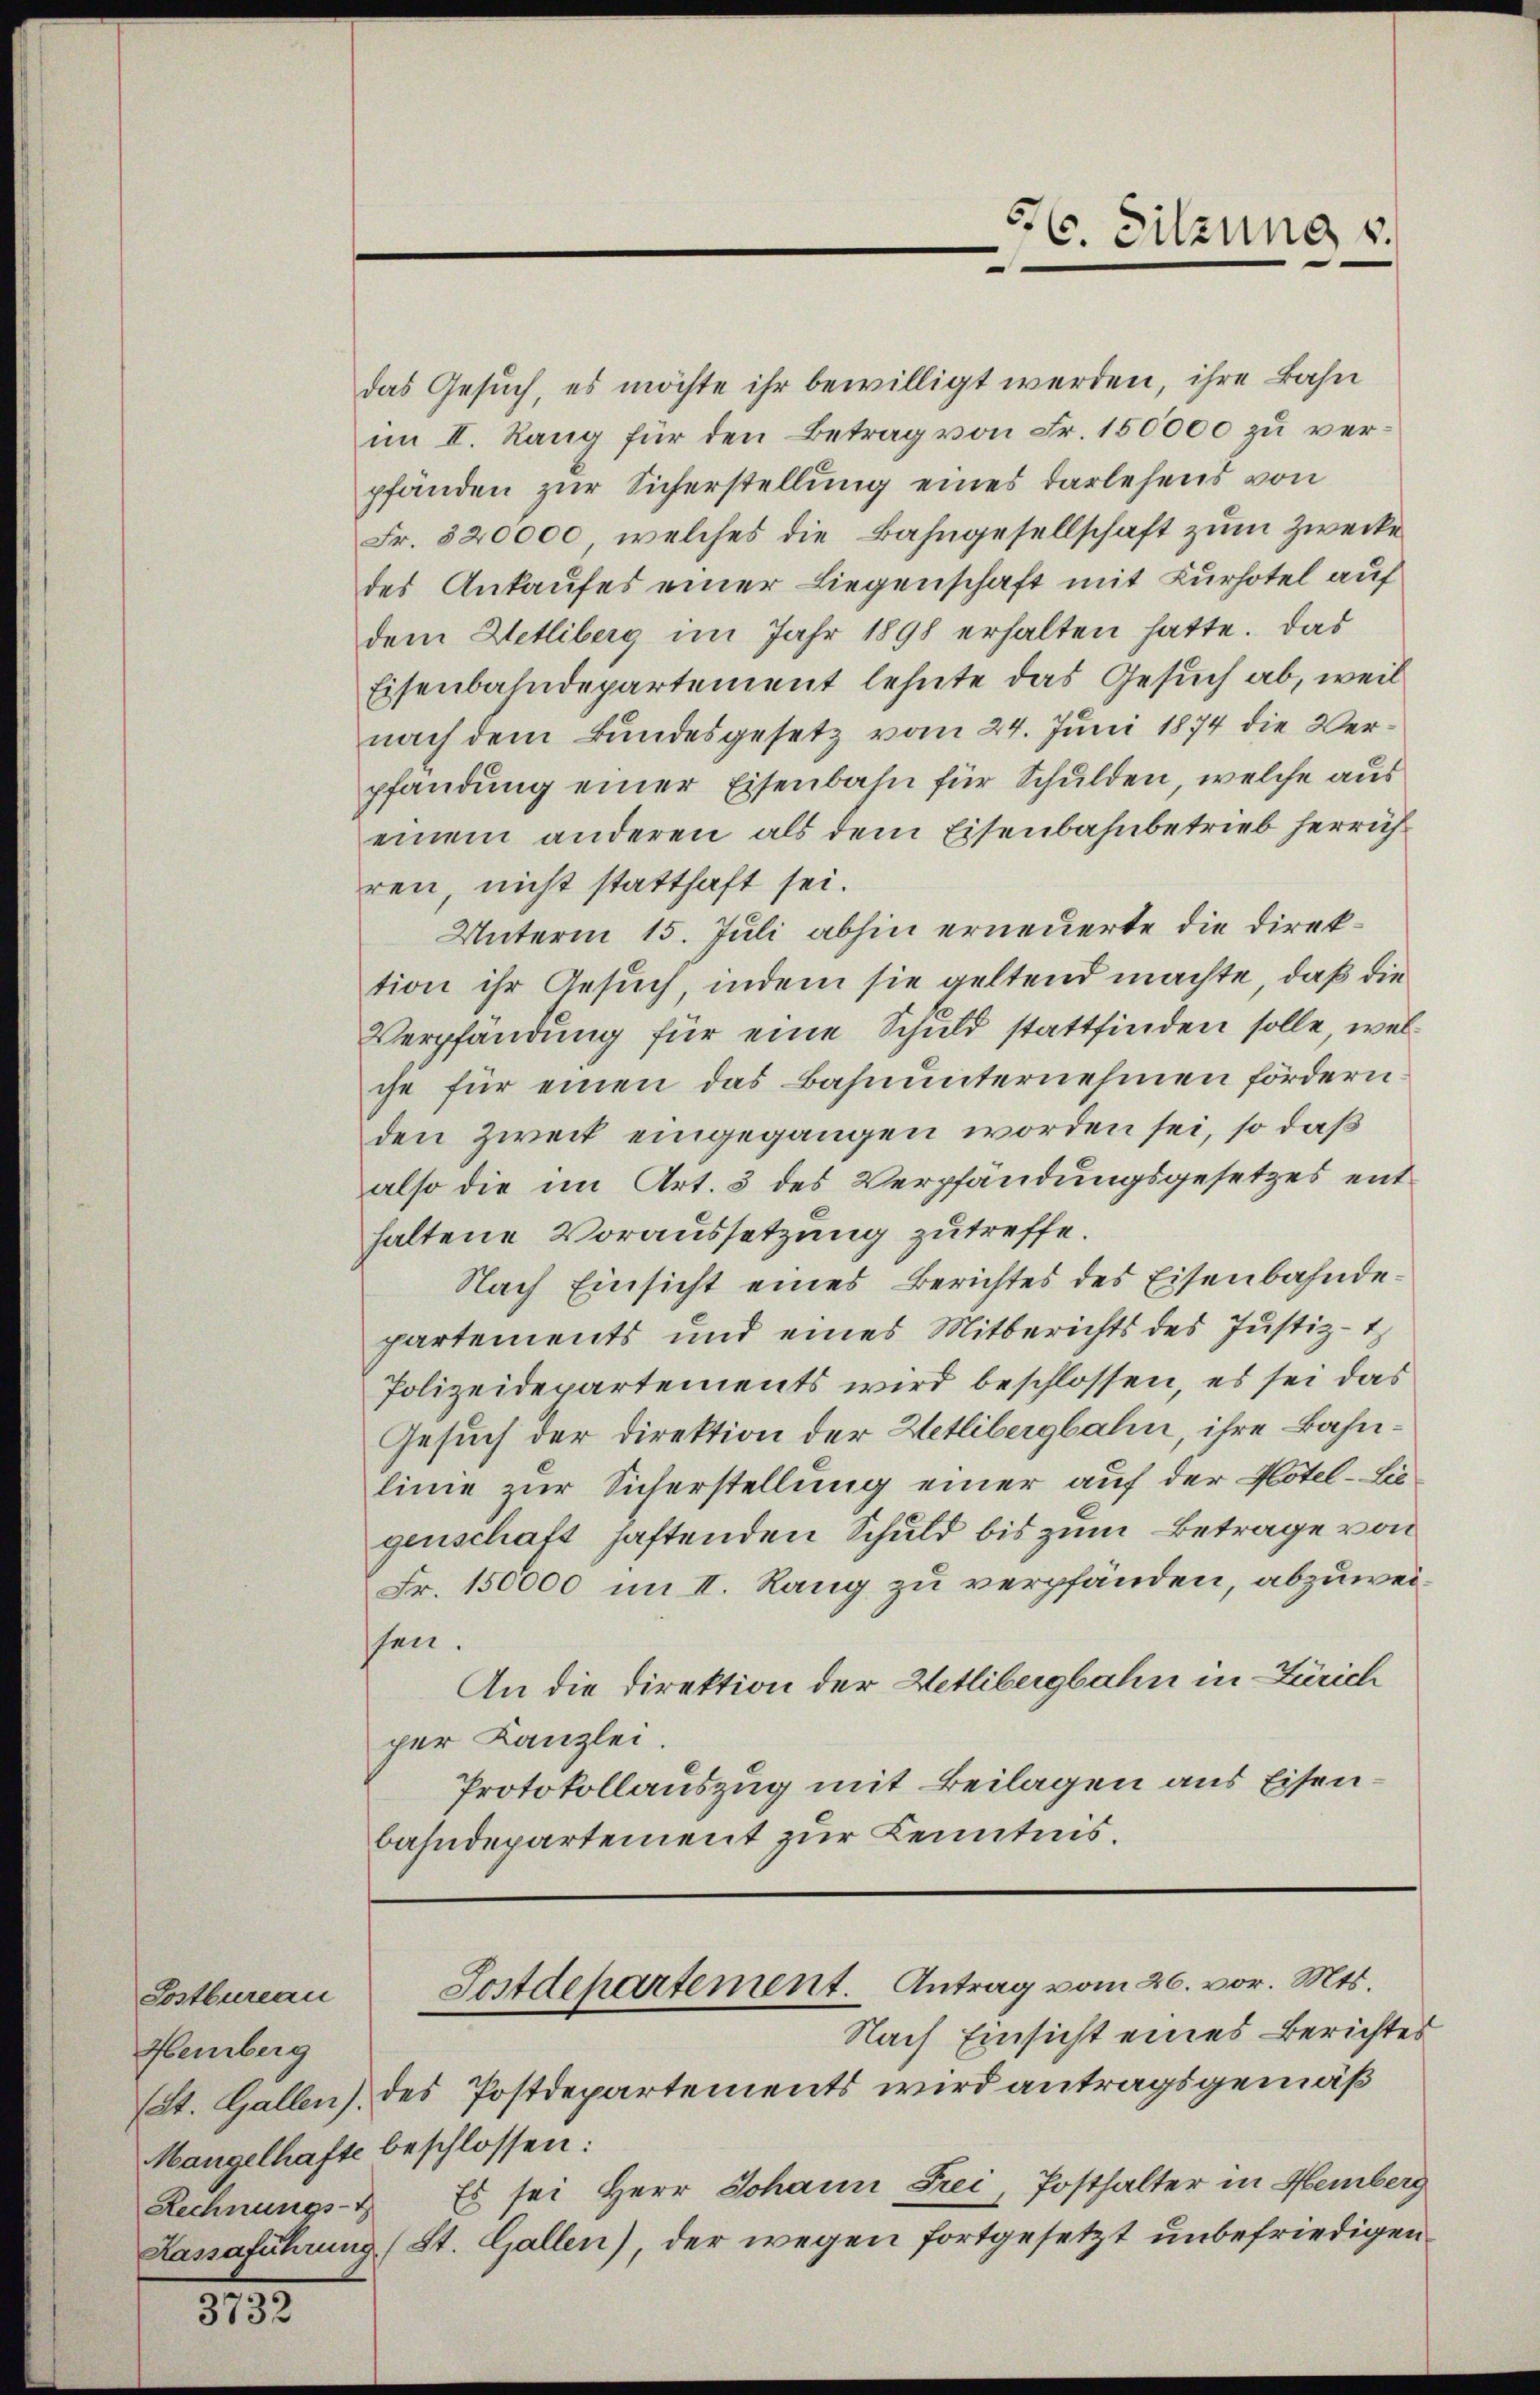
Postbureau
Hemberg
Mangelhafte beschlossen:
Rechnungs-Z

3732

Fostdepartement. Antrag vom 26. vor. Mts.

56. Sitzung v.

das Gesuch, es möchte ihr bewilligt werden, ihre Bahn
im II. Rang für den Betrag von Fr. 150000 zu verpfänden zur Sicherstellung eines Darlehens von
Fr. 320000, welches die Bahngesellschaft zum Zwecke
des Ankaufes einer Liegenschaft mit Kurhotel auf
dem Hetliberg im Jahr 1898 erhalten hatte. Das
Eisenbahndepartement lehnte das Gesuch ab, weil
nach dem Bundesgesetz vom 24. Juni 1874 die Verpfandung einer Eisenbahn für Schulden, welche aus
einem anderen als dem Eisenbahnbetrieb herrichren, nicht statthaft sei.
Unterm 15. Juli abhin erneuerte die Direktion ihr Gesuch, indem sie geltend machte, daß die
Verpfändung für eine Schuld stattfinden solle, welche für einen das Bahnunternehmen fördern.
den Zweck eingegangen worden sei, so daß
also die im Art. 3 des Verpfändungsgesetzes enthaltene Voraussetzung zutreffe.
Nach Einsicht eines Berichtes des Eisenbahndepartements und eines Mitberichts des Justiz-t
Polizeidepartements wird beschlossen, es sei das
Gesuch der Direktion der Wetlibergbahn, ihre Bahnlinie zur Sicherstellung einer auf der Hotel-Liegenschaft haftenden Schuld bis zum Betrage von
Fr. 150000 im II. Rang zu verpfänden, abzuweissen.
An die Direktion der Wetlibergbahn in Zürich
per Kanzlei.
Protokollauszug mit Beilagen aus Eisenbahndepartement zur Kenntnis.

Nach Einsicht eines Berichtes
St. Gallen, des Postdepartements wird antragsgemäß
Es sei Herr Johann Frei, Posthalter in Hemberg
Kassaführung (St. Gallen), der wegen fortgesetzt unbefriedigen